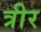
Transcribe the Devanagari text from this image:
त्रीर